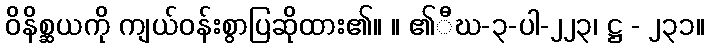
ဝိနိစ္ဆယကို ကျယ်ဝန်းစွာပြဆိုထား၏။ ။ ၏ီဃ-၃-ပါ-၂၂၃၊ ဋ္ဌ - ၂၃၁။